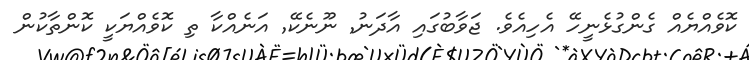
ކޮވެއްޔެއް ގެންގުޅެނީހޭ އެހިއެވެ. ޖަވާބުގައި އާދަނު